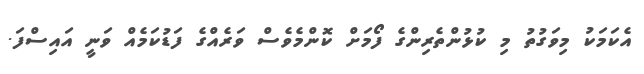
އެކަމަކު މިވަގުތު މި ކުޅުންތެރިންގެ ފޯމަށް ކޮންމެވެސް ވަރެއްގެ ފަޑުކަމެއް ވަނީ އައިސްފަ.